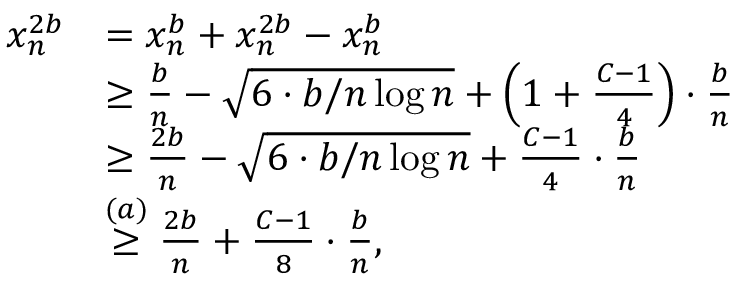
\begin{array} { r l } { x _ { n } ^ { 2 b } } & { = x _ { n } ^ { b } + x _ { n } ^ { 2 b } - x _ { n } ^ { b } } \\ & { \geq \frac { b } { n } - \sqrt { 6 \cdot b / n \log n } + \left( 1 + \frac { C - 1 } { 4 } \right) \cdot \frac { b } { n } } \\ & { \geq \frac { 2 b } { n } - \sqrt { 6 \cdot b / n \log n } + \frac { C - 1 } { 4 } \cdot \frac { b } { n } } \\ & { \stackrel { ( a ) } { \geq } \frac { 2 b } { n } + \frac { C - 1 } { 8 } \cdot \frac { b } { n } , } \end{array}